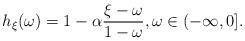
LaTeX: \begin{align*}h_{\xi}(\omega) = 1 - \alpha \frac{\xi - \omega}{1 - \omega }, \omega \in (-\infty,0].\end{align*}